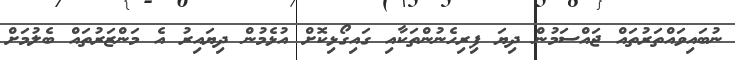
ނުބައިވައްތަރުތައް ޖައްސަމުން ދިޔަ ފިރިހެނުންތަކާއި ގައިގޯޅިކޮށް އުޅެމުން ދިޔައިރު އެ މަންޒަރުތައް ބެލުމަށް